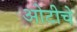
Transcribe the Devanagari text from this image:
ओटीचे